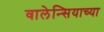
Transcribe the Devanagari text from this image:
वालेन्सियाच्या